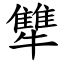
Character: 犨